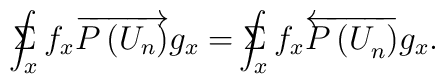
\Sigma \!\!\!\!\!\!\int_xf_x\overrightarrow{P\left( U_n\right) }g_x=\Sigma\!\!\!\!\!\!\int_xf_x\overleftarrow{P\left( U_n^{}\right) }g_x.